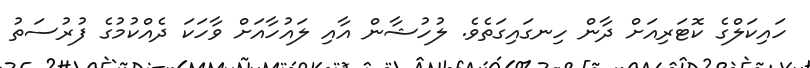
ހައިކަލްގެ ކޮޓަރިއަށް ދާން ހިނގައިގަތެވެ. ލުހުޝާން އާއި ލައުހާއަށް ވާހަކަ ދެއްކުމުގެ ފުރުސަތު